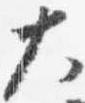
大